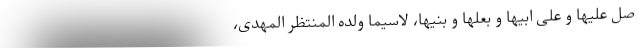
صل علیها و علی ابیها و بعلها و بنیها، لاسیما ولده المنتظر المهدی،